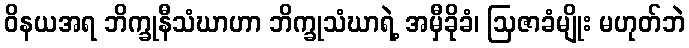
ဝိနယအရ ဘိက္ခုနီသံဃာဟာ ဘိက္ခုသံဃာရဲ့ အမှီခိုခံ၊ ဩဇာခံမျိုး မဟုတ်ဘဲ